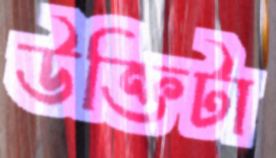
উক্তিটা